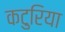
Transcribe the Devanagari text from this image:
कटुरिया